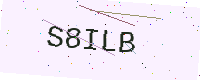
Text: S8ILB